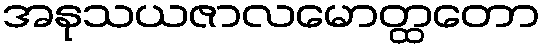
အနုသယဇာလမောတ္ထတော